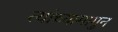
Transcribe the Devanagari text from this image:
त्यांच्यामागुन